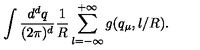
\int \frac { d ^ { d } q } { { ( 2 \pi ) ^ { d } } } \frac { 1 } { R } \sum _ { l = - \infty } ^ { + \infty } g ( q _ { \mu } , l / R ) .